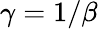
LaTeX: \gamma=1/\beta